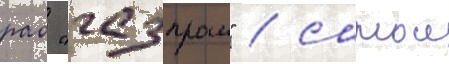
рао "газпром" / самои